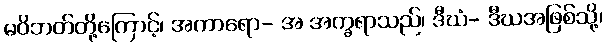
မဝိဘတ်တို့ကြောင့်၊ အကာရော- အ အက္ခရာသည်၊ ဒီဃံ- ဒီဃအဖြစ်သို့၊